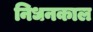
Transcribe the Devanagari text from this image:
निधनकाल